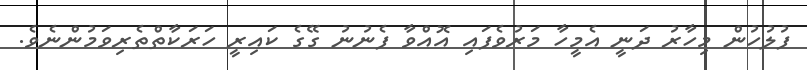
ފުލުހުން މިހާރު ދަނީ އެމީހާ މަރުވެފައި އޮއްވާ ފެނުނު ގޭގެ ކައިރީ ހަރަކާތްތެރިވަމުންނެވެ.